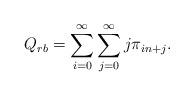
LaTeX: \begin{align*}Q_{rb} = \sum_{i=0}^{\infty} \sum_{j=0}^{\infty} j \pi _{in+j}.\end{align*}